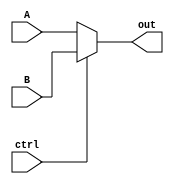
module mux2to1(A,B,out,ctrl);
parameter width = 32;

  input [width-1:0] A;
  input [width-1:0] B;
  input ctrl;
  output reg [width-1:0] out;

always@(A,B,ctrl)
  if(!ctrl) out = A;
  else out = B;

endmodule